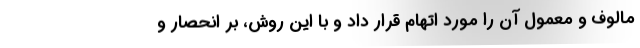
مالوف و معمول آن را مورد اتهام قرار داد و با این روش، بر انحصار و